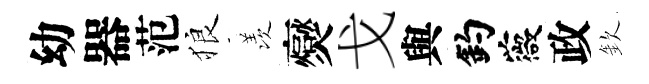
幼器范狼羡爕戈與釣薇政欽